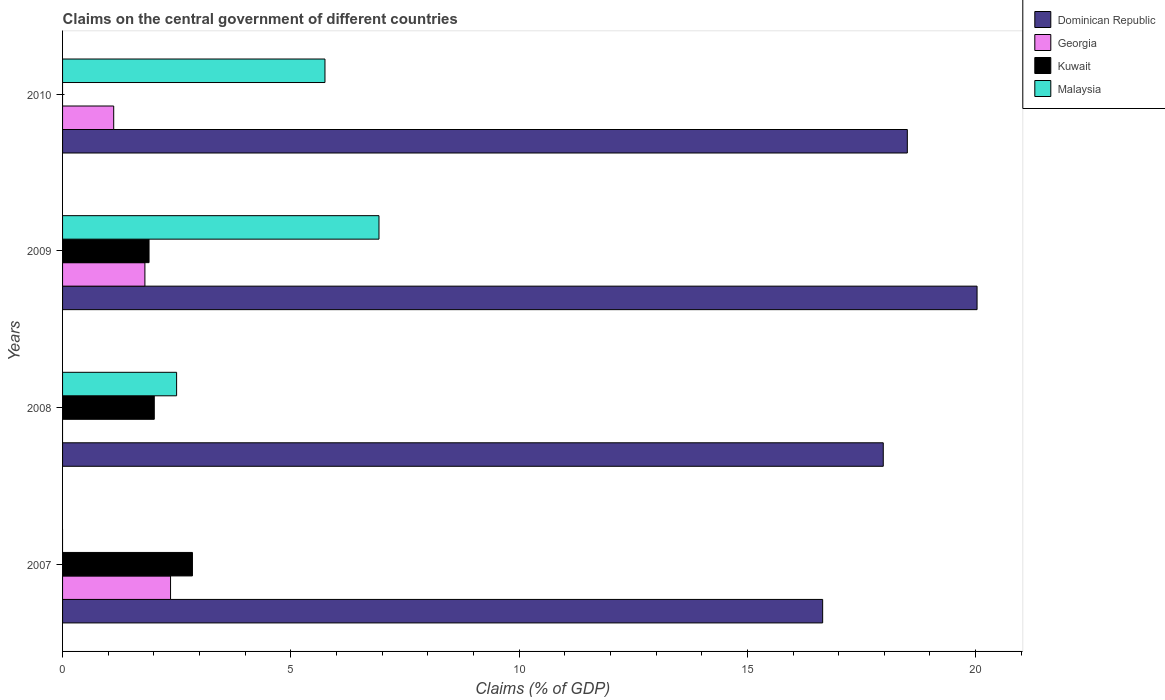
| Years | Dominican Republic | Georgia | Kuwait | Malaysia |
 | --- | --- | --- | --- | --- |
 | 2007 | 16.6 | 2.37 | 2.84 | -1.93 |
 | 2008 | 18 | -0.773 | 2.01 | 2.5 |
 | 2009 | 20 | 1.8 | 1.89 | 6.93 |
 | 2010 | 18.5 | 1.12 | -7.93 | 5.75 |